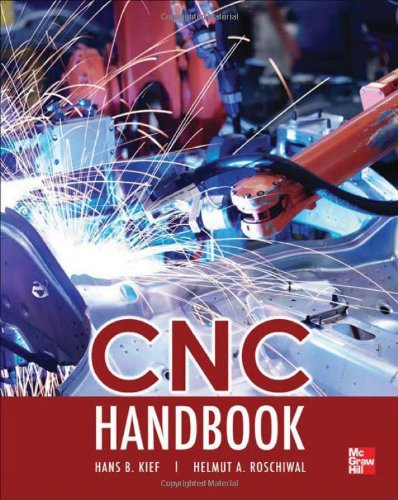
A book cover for CNC Handbook; Hans Kief; Computers & Technology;